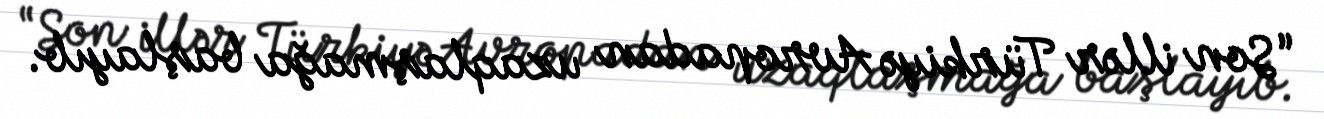
“Son illər Türkiyə Avropadan uzaqlaşmağa başlayıb.